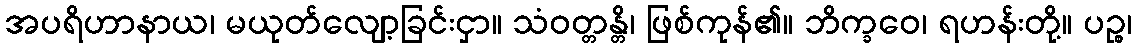
အပရိဟာနာယ၊ မယုတ်လျော့ခြင်းငှာ။ သံဝတ္တန္တိ၊ ဖြစ်ကုန်၏။ ဘိက္ခဝေ၊ ရဟန်းတို့။ ပဉ္စ၊